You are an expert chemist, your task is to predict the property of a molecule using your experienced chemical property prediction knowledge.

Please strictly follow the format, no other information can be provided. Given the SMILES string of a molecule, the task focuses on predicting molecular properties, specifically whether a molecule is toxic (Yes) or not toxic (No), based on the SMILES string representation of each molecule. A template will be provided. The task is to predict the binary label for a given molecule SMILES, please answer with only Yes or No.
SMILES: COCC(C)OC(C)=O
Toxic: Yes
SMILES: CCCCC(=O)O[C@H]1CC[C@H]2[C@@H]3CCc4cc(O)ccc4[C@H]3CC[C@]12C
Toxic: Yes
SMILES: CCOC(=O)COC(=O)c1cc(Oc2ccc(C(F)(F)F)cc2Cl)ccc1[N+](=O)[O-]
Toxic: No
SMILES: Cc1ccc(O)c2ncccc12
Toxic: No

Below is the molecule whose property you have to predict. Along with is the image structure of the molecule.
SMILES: O=P(Cl)(Oc1ccccc1)Oc1ccccc1
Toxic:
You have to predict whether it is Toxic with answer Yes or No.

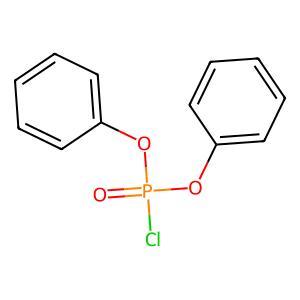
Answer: No